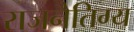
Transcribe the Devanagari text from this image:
राजनैतिग्य